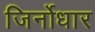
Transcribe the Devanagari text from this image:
जिर्नोधार